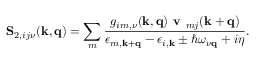
\mathbf { S } _ { 2 , i j \nu } ( \mathbf { k , \mathbf { q } } ) = \sum _ { m } \frac { g _ { i m , \nu } ( \mathbf { k , q } ) \textbf { v } _ { m j } ( \mathbf { k + q } ) } { \epsilon _ { m , \mathbf { k + q } } - \epsilon _ { i , \mathbf { k } } \pm \hbar \omega _ { \nu \mathbf { q } } + i \eta } .